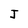
Character: J